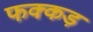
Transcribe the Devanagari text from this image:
फक्‍कड़